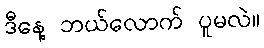
ဒီနေ့ ဘယ်လောက် ပူမလဲ။